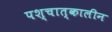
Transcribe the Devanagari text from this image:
पश्चात्‌कालीन